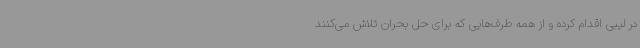
در لیبی اقدام کرده و از همه طرف‌هایی که برای حل بحران تلاش می‌کنند